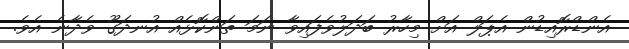
އެންޑްރޮއިޑުން އެޕަލް އަށް މިހާރު ބަދަލުވެފައިވާ ނަމަ ތަންކޮޅެއް އުނދަގޫ ވެދާނެ އެވެ.